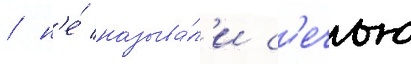
/ н'е́ называ́л'и с'ечью